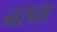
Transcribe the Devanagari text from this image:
नराता